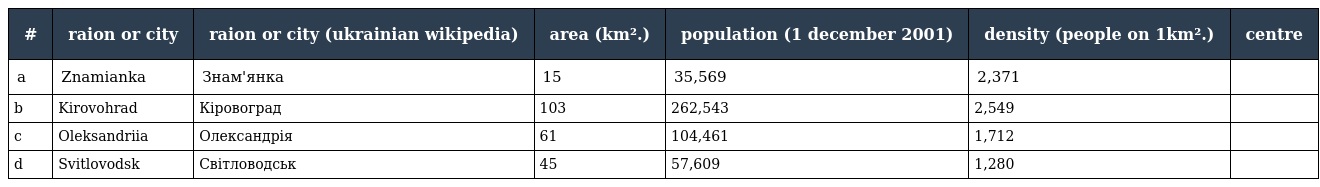
| # | raion or city | raion or city (ukrainian wikipedia) | area (km².) | population (1 december 2001) | density (people on 1km².) | centre |
 | --- | --- | --- | --- | --- | --- | --- |
 | a | Znamianka | Знам'янка | 15 | 35,569 | 2,371 |  |
 | b | Kirovohrad | Кіровоград | 103 | 262,543 | 2,549 |  |
 | c | Oleksandriia | Олександрія | 61 | 104,461 | 1,712 |  |
 | d | Svitlovodsk | Світловодськ | 45 | 57,609 | 1,280 |  |